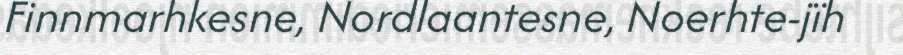
Finnmarhkesne, Nordlaantesne, Noerhte-jïh